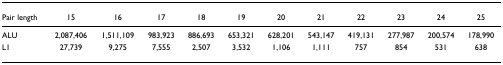
| Pair length | 15 | 16 | 17 | 18 | 19 | 20 | 21 | 22 | 23 | 24 | 25 |
 | --- | --- | --- | --- | --- | --- | --- | --- | --- | --- | --- | --- |
 | ALU | 2,087,406 | 1,511,109 | 983,923 | 886,693 | 653,321 | 628,201 | 543,147 | 419,131 | 277,987 | 200,574 | 178,990 |
 | L1 | 27,739 | 9,275 | 7,555 | 2,507 | 3,532 | 1,106 | 1,111 | 757 | 854 | 531 | 638 |